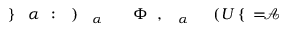
\! \! \! \! \! \! \! \! \! \! \! \mathcal { A } \! \! \! \! \! \! \! \! \! \! \! \! = \! \! \! \! \! \! \! \! \! \! \! \! \{ \! \! \! \! \! \! \! \! \! \! \! \! ( U \! \! \! \! \! \! \! \! \! \! \! \! _ { \! \! \! \! \! \! \! \! \! \! \! \! \alpha } \! \! \! \! \! \! \! \! \! \! \! \! , \! \! \! \! \! \! \! \! \! \! \! \! \Phi \! \! \! \! \! \! \! \! \! \! \! \! _ { \! \! \! \! \! \! \! \! \! \! \! \! \alpha } \! \! \! \! \! \! \! \! \! \! \! \! ) \! \! \! \! \! \! \! \! \! \! \! \! : \! \! \! \! \! \! \! \! \! \! \! \! \alpha \! \! \! \! \! \! \! \! \! \! \! \! \} \! \! \! \! \! \! \! \! \! \! \!